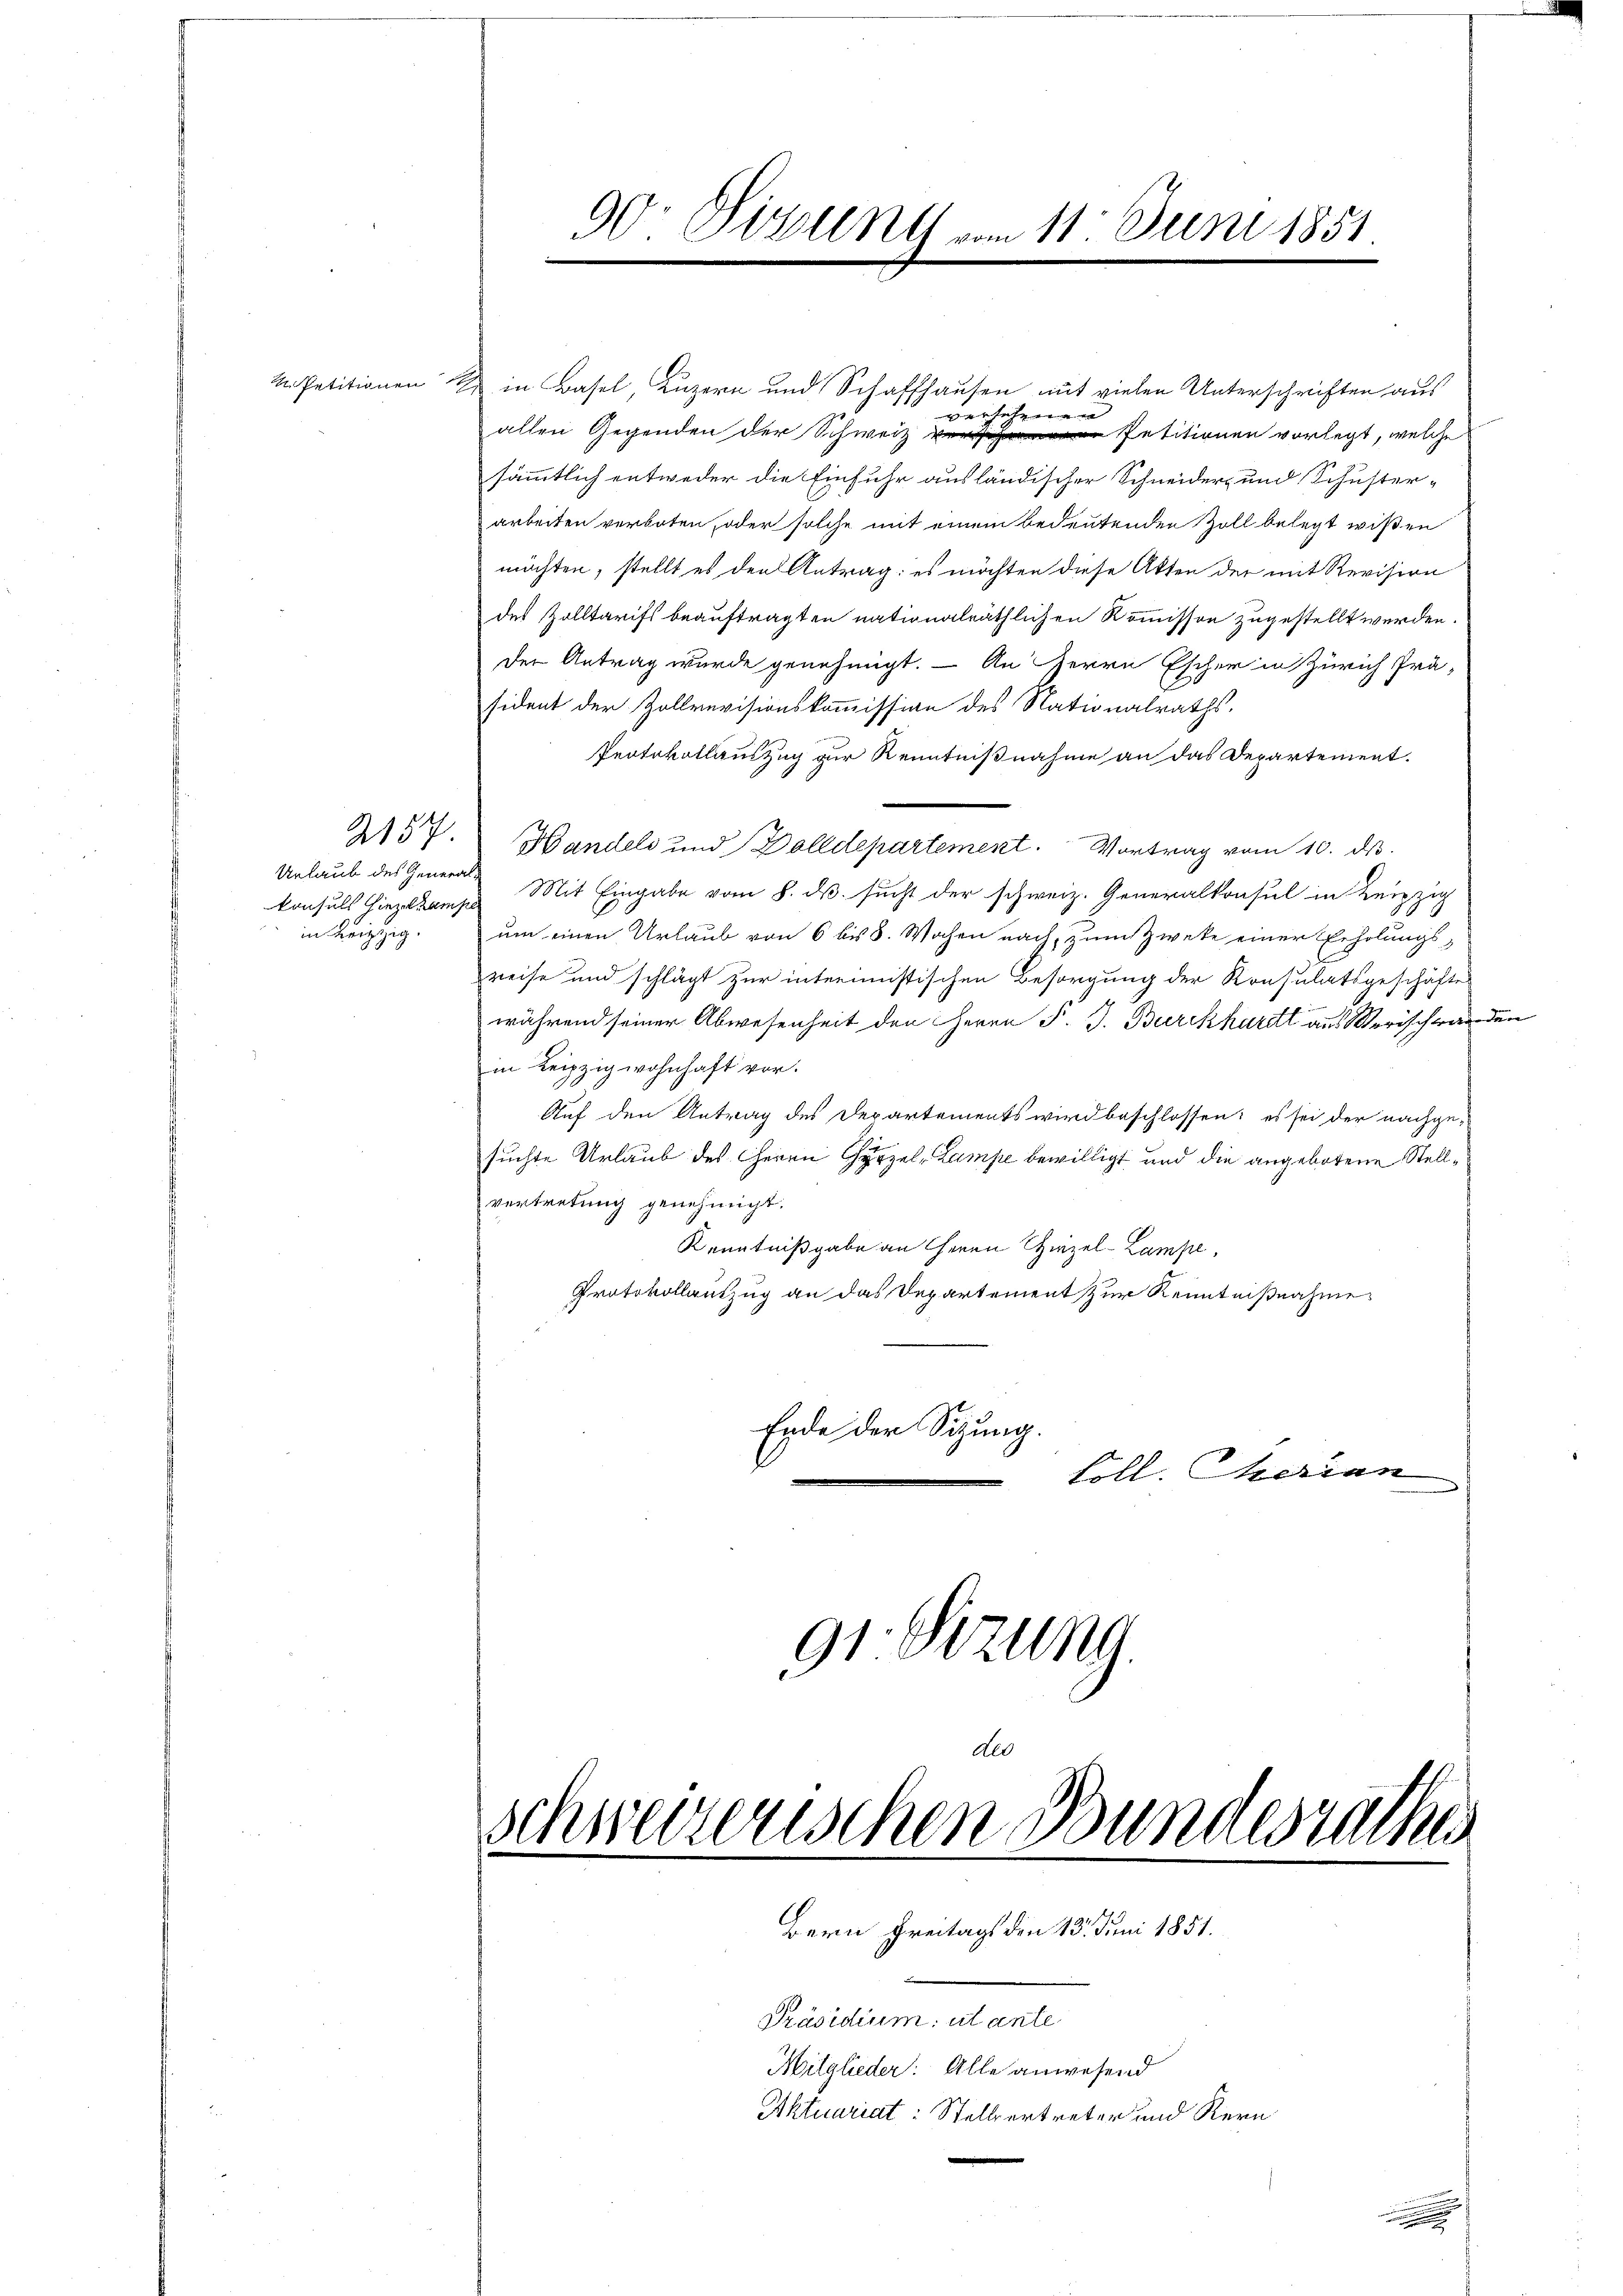
Urlaub des Generalin Leipzig.

MPetitionen in Basel, Luzern und Schaffhausen auf vielen Unterschriften aus
allen Gegenden der Schweiz Petitionen vorlegt, welche
sämmtlich entweder die Einfuhr ausländischer Schneider- und Schuster-
arbeiten verboten, oder solche mit einem bedeutenden Zoll belegt wißen
möchten, stellt es den Antrag: es möchten diese Akten der mit Revision
des Zolltarifs beauftragten nationalräthlichen Kommisson zugestellt werden.
der Antrag wurde genehmigt. – An Herrn Escher in Zürich Prä-
sident der Zollrevisionskommission des Nationalraths-
Protokollauszug zur Kenntnißnahme an das Departement.
2157. Handels und Dolldepartement. Vortrag vom 10. ds.
konsuls Hinzukam Mit Eingabe vom 8. ds. sucht der schweiz. Generalkonsul in Leipzig
um einen Urlaub von 6 bis 8. Wochen nach, zum Zwete einer Erholungs-
reise und schlägt zur interimistischen Besorgung der Konsulatsgeschäfte
während seiner Abwesenheit den Herrn P. J. Burckhardt aus Vorschaden
in Leipzigwohnhaft vor.
Auf den Antrag des Departements wird beschlossen: es sei der nachge-
suchte Urlaub des Herrn Gyrzel, Lampe bewilligt und die angeborene Stellvertretung genehmigt.
Kenntnißgabe an Herrn Hirzel-Lampe,
Protokollauszug an das Departement zur Kenntnißnahme
Ende der Sitzung.
Loll. Iherian

90. Visung vom 11. Juni 1851

91 Sizung

Präsidium: utante¬
Mitglieder: Alle anwesend

versehenen

Aktuariat: Stellvertreter und Kern

dto
Schweizerischen Bundesrathes
Bern Freitags den 15. Juni 1851.

.